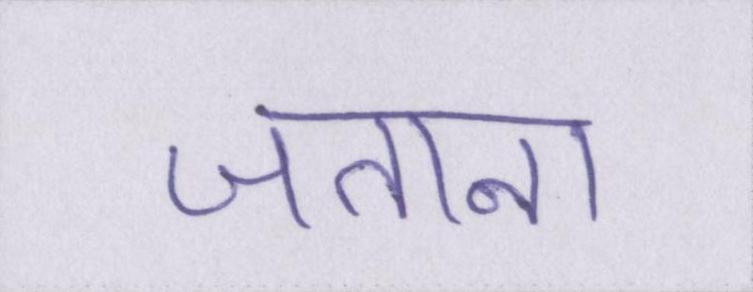
जताना